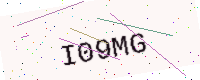
Text: I09MG